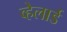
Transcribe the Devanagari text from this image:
व्हेलार्ड